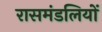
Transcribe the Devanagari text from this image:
रासमंडलियों